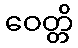
ဝေတ္တိ